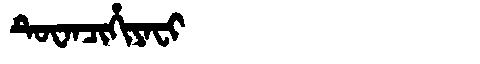
Manchu: ᡨᡠᠸᠠᠨᠴᡳᡥᡳᠶᠠᠸᡳ
Romanization: TUWANCIHIYAFI